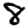
Digit: 8